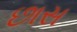
છાસ